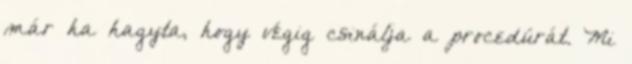
már ha hagyta, hogy végig csinálja a procedúrát. Mi